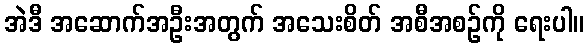
အဲဒီ အဆောက်အဦးအတွက် အသေးစိတ် အစီအစဉ်ကို ရေးပါ။